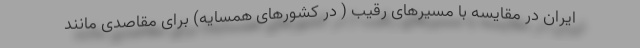
ایران در مقایسه با مسیرهای رقیب ( در کشورهای همسایه) برای مقاصدی مانند